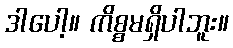
ဒါပေါ့။ ကိစ္စမရှိပါဘူး။